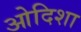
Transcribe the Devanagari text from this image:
ओदिशा